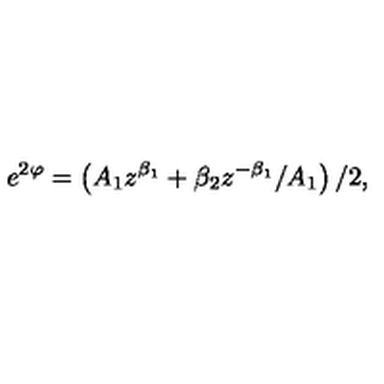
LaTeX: e ^ { 2 \varphi } = \left( A _ { 1 } z ^ { \beta _ { 1 } } + \beta _ { 2 } z ^ { - \beta _ { 1 } } / A _ { 1 } \right) / 2 ,